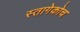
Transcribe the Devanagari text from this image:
स्तागेकोच